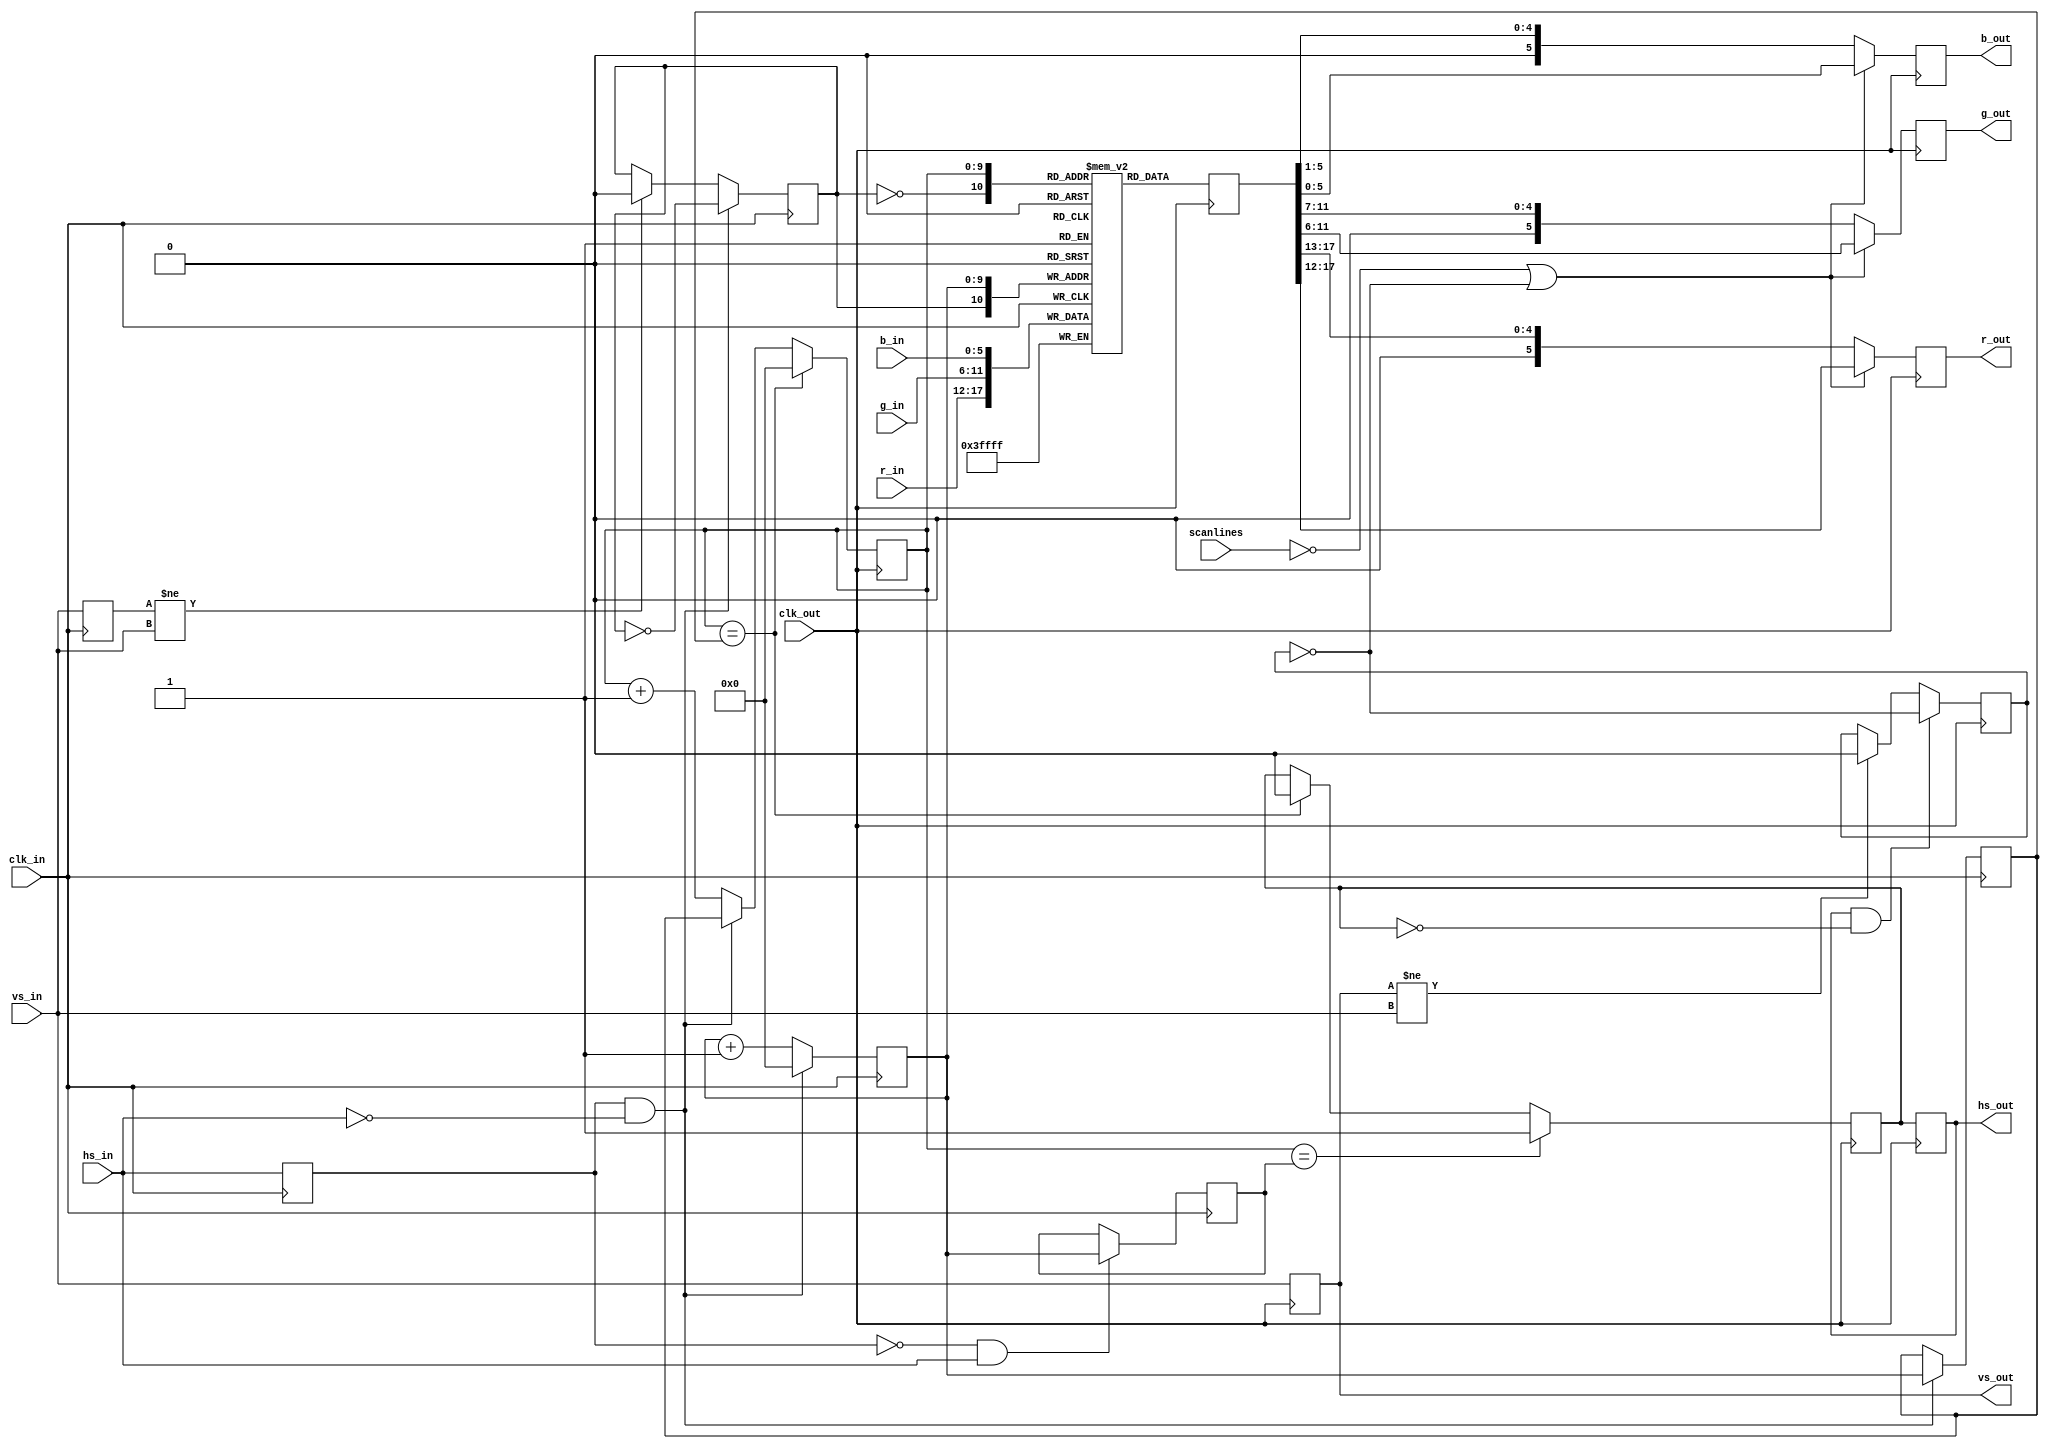
module scandoubler (
  // system interface
  input        clk_in,
  input 	      clk_out,
  
  input        scanlines,
  
  // shifter video interface
  input 	   hs_in,
  input 	   vs_in,
  input [5:0] 	r_in,
  input [5:0] 	g_in,
  input [5:0] 	b_in,

  // output interface
  output reg [5:0] r_out,
  output reg [5:0] g_out,
  output reg [5:0] b_out,
  output reg vs_out,
  output reg hs_out
);

// scan doubler output register
reg [17:0]  sd_out;

// --------------------- create output signals -----------------
// latch everything once more to make it glitch free and apply scanline effect
reg scanline;

always @(posedge clk_out) begin
	vs_out <= vs_in;
	hs_out <= hs_sd;

   // reset scanlines at every new screen
   if(vs_out != vs_in)
     scanline <= 1'b0;
   
    // toggle scanlines at begin of every hsync
    if(hs_out && !hs_sd)
         scanline <= !scanline;

    // if no scanlines or not a scanline
	 if(!scanlines || !scanline) begin
		r_out <= { sd_out[17:12] };
		g_out <= { sd_out[11:6] };
		b_out <= { sd_out[5:0] };
	end else begin
		r_out <= { 1'b0, sd_out[17:13] };
		g_out <= { 1'b0, sd_out[11:7] };
		b_out <= { 1'b0, sd_out[5:1] };
	end
end
   

   
// ==================================================================
// ======================== the line buffers ========================
// ==================================================================

// 2 lines of 1024 pixels 3*6 bit RGB
reg [17:0] sd_buffer [2047:0];

// use alternating sd_buffers when storing/reading data   
reg vsD;
reg line_toggle;
always @(negedge clk_in) begin
	vsD <= vs_in;

   if(vsD != vs_in) 
     line_toggle <= 1'b0;

   // begin of incoming hsync
   if(hsD && !hs_in) 
     line_toggle <= !line_toggle;
end
   
always @(negedge clk_in) begin 
	sd_buffer[{line_toggle, hcnt}] <= { r_in, g_in, b_in };
end
   
// ==================================================================
// =================== horizontal timing analysis ===================
// ==================================================================

// total hsync time (in 16MHz cycles), hs_total reaches 1024
reg [9:0] hs_max;
reg [9:0] hs_rise;
reg [9:0] hcnt;
reg hsD;
   
always @(negedge clk_in) begin
	hsD <= hs_in;

	// falling edge of hsync indicates start of line
	if(hsD && !hs_in) begin
		hs_max <= hcnt;
		hcnt <= 10'd0;
	end else
		hcnt <= hcnt + 10'd1;

	// save position of rising edge
	if(!hsD && hs_in)
		hs_rise <= hcnt;
end
   
// ==================================================================
// ==================== output timing generation ====================
// ==================================================================

reg [9:0] sd_hcnt;
reg hs_sd;

// timing generation runs 32 MHz (twice the input signal analysis speed)
always @(posedge clk_out) begin

   // output counter synchronous to input and at twice the rate
   sd_hcnt <= sd_hcnt + 10'd1;
   if(hsD && !hs_in)     sd_hcnt <= hs_max;
   if(sd_hcnt == hs_max) sd_hcnt <= 10'd0;

   // replicate horizontal sync at twice the speed
   if(sd_hcnt == hs_max)  hs_sd <= 1'b0;
   if(sd_hcnt == hs_rise) hs_sd <= 1'b1;

   // read data from line sd_buffer
   sd_out <= sd_buffer[{~line_toggle, sd_hcnt}];
end
   
endmodule